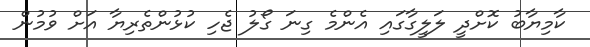
ކާމިޔާބު ކޮށްދީ ލަލީގާގައި އެންމެ ގިނަ ގޯލު ޖެހި ކުޅުންތެރިޔާ އަށް ވުމުން